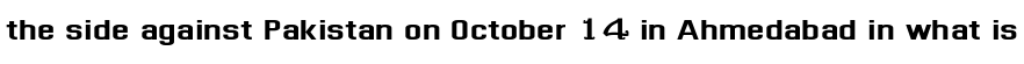
the side against Pakistan on October 14 in Ahmedabad in what is